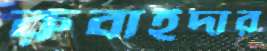
রুবাইদার